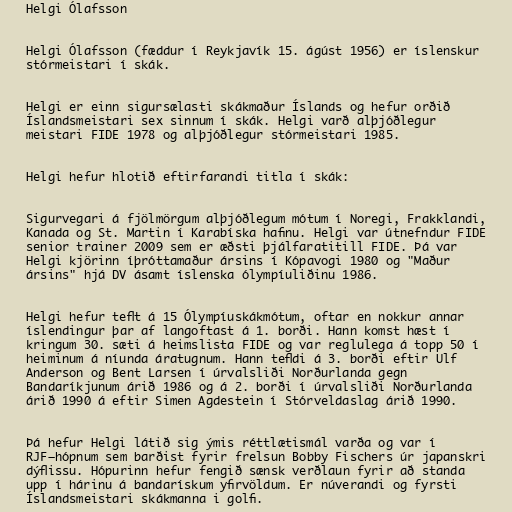
Helgi Ólafsson

Helgi Ólafsson (fæddur í Reykjavík 15. ágúst 1956) er íslenskur
stórmeistari í skák.

Helgi er einn sigursælasti skákmaður Íslands og hefur orðið
Íslandsmeistari sex sinnum í skák. Helgi varð alþjóðlegur
meistari FIDE 1978 og alþjóðlegur stórmeistari 1985.

Helgi hefur hlotið eftirfarandi titla í skák:

Sigurvegari á fjölmörgum alþjóðlegum mótum í Noregi, Frakklandi,
Kanada og St. Martin í Karabíska hafinu. Helgi var útnefndur FIDE
senior trainer 2009 sem er æðsti þjálfaratitill FIDE. Þá var
Helgi kjörinn íþróttamaður ársins í Kópavogi 1980 og "Maður
ársins" hjá DV ásamt íslenska ólympíuliðinu 1986.

Helgi hefur teflt á 15 Ólympíuskákmótum, oftar en nokkur annar
íslendingur þar af langoftast á 1. borði. Hann komst hæst í
kringum 30. sæti á heimslista FIDE og var reglulega á topp 50 í
heiminum á níunda áratugnum. Hann tefldi á 3. borði eftir Ulf
Anderson og Bent Larsen í úrvalsliði Norðurlanda gegn
Bandaríkjunum árið 1986 og á 2. borði í úrvalsliði Norðurlanda
árið 1990 á eftir Simen Agdestein í Stórveldaslag árið 1990.

Þá hefur Helgi látið sig ýmis réttlætismál varða og var í
RJF–hópnum sem barðist fyrir frelsun Bobby Fischers úr japanskri
dýflissu. Hópurinn hefur fengið sænsk verðlaun fyrir að standa
upp í hárinu á bandarískum yfirvöldum. Er núverandi og fyrsti
Íslandsmeistari skákmanna i golfi.